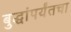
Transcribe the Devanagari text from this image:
बुद्धांपर्यंतचा